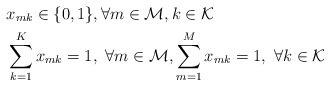
\begin{align*}& x_{mk}\in\{0,1\}, \forall m\in \mathcal{M},k\in \mathcal{K}\\&\sum_{k=1}^{K} x_{mk}=1, ~\forall m\in \mathcal{M}, \sum_{m=1}^{M} x_{mk}=1, ~\forall k\in \mathcal{K} \end{align*}